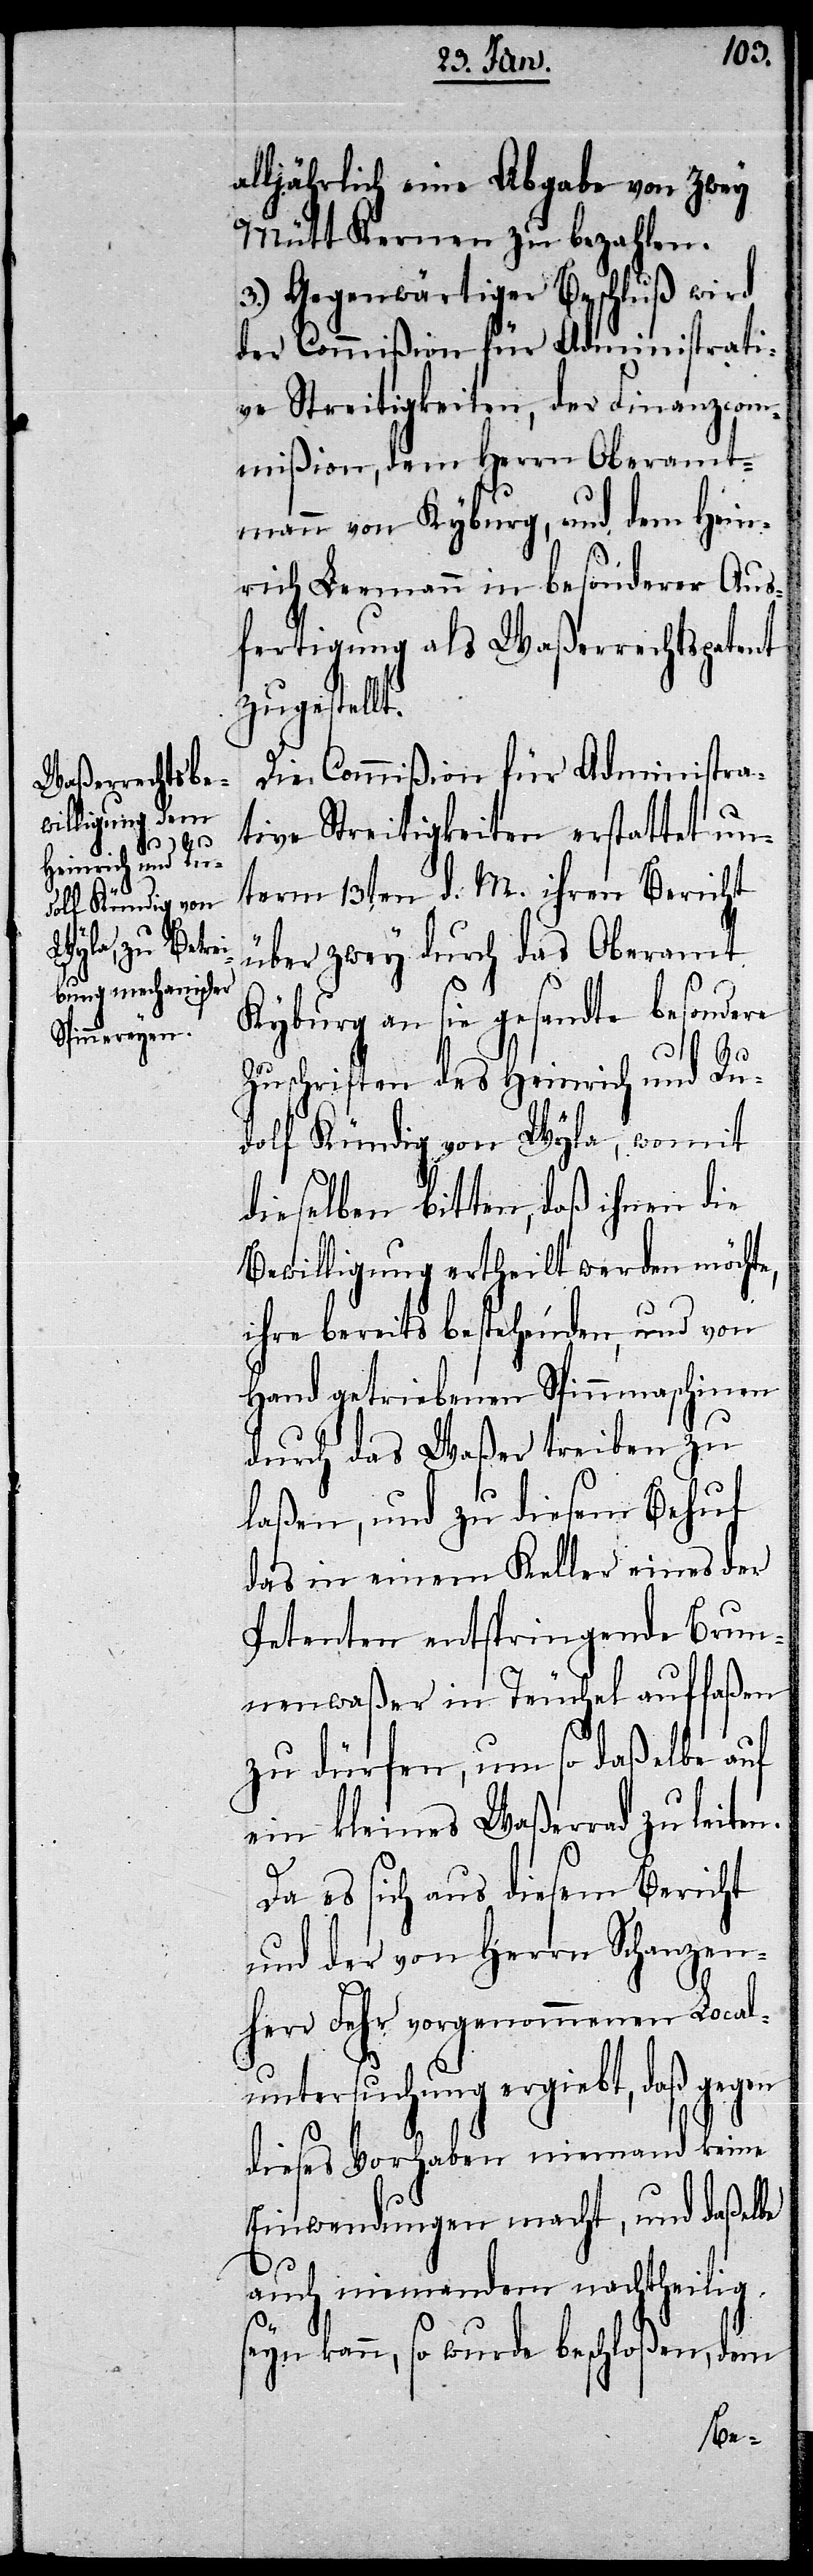
en

alljährlich eine Abgabe von zwey
Mütt Kernen zu bezahlen.
3.) Gegenwärtiger Beschluß wird
der Commißion für Administrati¬
ve Streitigkeiten, der Finanzcom¬
mißion, dem Herrn Oberamt¬
mann von Kyburg, und dem Hein¬
rich Leemann in besonderer Aus¬
fertigung als Waßerrechtspatent
zugestellt.
Die Commißion für Administra¬
tive Streitigkeiten erstattet un¬
term 13ten d. M. ihren Bericht
über zwey durch das Oberamt
Kyburg an sie gesandte besondere
Zuschriften des Heinrich und Ru¬
dolf Kündig von Wyla, womit
dieselben bitten, daß ihnen die
Bewilligung ertheilt werden möchte,
ihre bereits bestehenden, und von
Hand getriebenen Spinnmaschinen
durch das Waßer treiben zu
laßen, und zu diesem Behuf
das in einem Keller eines der
Petenten entspringende Brun¬
nenwaßer in Teuchel auffaßen
zu dürfen, um so daßelbe auf
ein kleines Waßerrad zu leiten.
Da es sich aus diesem Bericht
und der von Herrn Schanzen¬
herr Fehr vorgenommenen Local¬
untersuchung ergiebt, daß geg¬
dieses Vorhaben niemand keine
Einwendungen macht, und daßelbe
auch niemandem nachtheilig
kann, so wurde beschloßen, dem